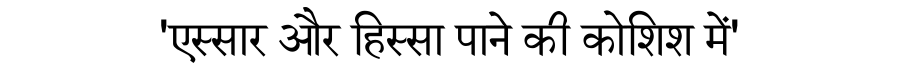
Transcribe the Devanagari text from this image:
'एस्सार और हिस्सा पाने की कोशिश में'